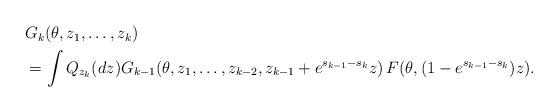
LaTeX: \begin{align*}\begin{aligned}&G_k(\theta,z_1,\ldots,z_k)\\&=\int Q_{z_k}(dz)G_{k-1}(\theta,z_1,\ldots,z_{k-2},z_{k-1}+e^{s_{k-1}-s_{k}}z)\,F(\theta,(1-e^{s_{k-1}-s_k})z).\end{aligned}\end{align*}